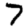
Digit: 7